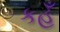
કહૂઁ